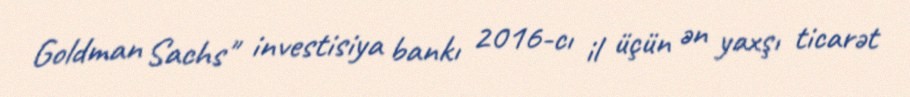
Goldman Sachs" investisiya bankı 2016-cı il üçün ən yaxşı ticarət